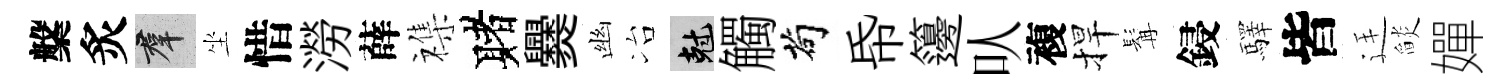
槃炙群坐惜澇薛襍赌爨幽冶剋觸茍帋籩㕥複捍髯鋟驛皆廷𦦨嬋